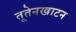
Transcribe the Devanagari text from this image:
तूतेनखाटन